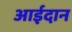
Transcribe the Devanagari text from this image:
आईदान